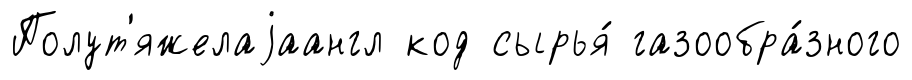
Полут'яжелаjаангл код сырья́ газообра́зного